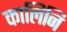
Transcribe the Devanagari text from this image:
कालिनि